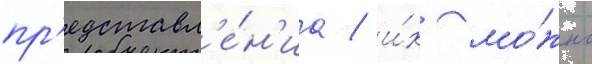
пр'едставл'е́н'иа / и́х мо́жно